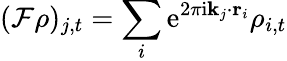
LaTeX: (\mathcal{F}\rho)_{j,t}=\sum_{i}\mathrm{e}^{2\pi\mathrm{i}\mathbf{k}_{j}\cdot\mathbf{r}_{i}}\rho_{i,t}